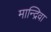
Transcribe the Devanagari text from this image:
मान्द्रिवा